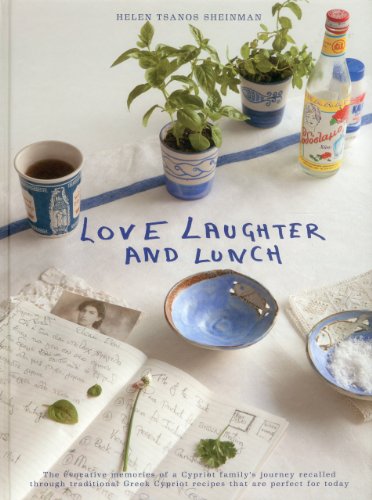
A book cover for Love, Laughter and Lunch: The Evocative Memories of a Cypriot Family's Journey; Helen Tsanos Sheinman; Travel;